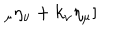
_ { \mu } \eta _ { \nu } + k _ { \nu } \eta _ { \mu } ]